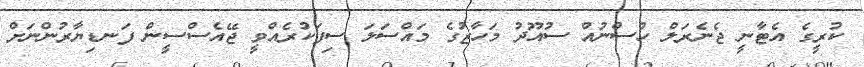
ކުރީގެ އެޓާނީ ޖެނެރަލް ހުސްނުއް ސުއޫދު މަހާޒުގެ މައްސަލަ ސިފަކުރެއްވީ ޖޭއެސްސީން ފަނޑިޔާރުންނަށް